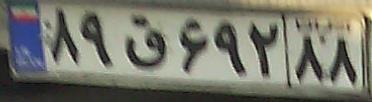
۸۹ق۶۹۲۸۸